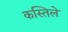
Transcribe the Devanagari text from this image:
कस्तिले